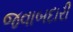
જવાબદારી